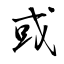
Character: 或